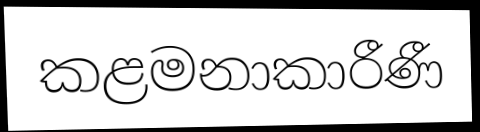
කළමනාකාරීණී